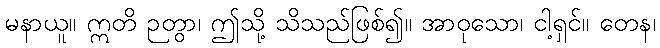
မနာယူ။ ဣတိ ဉတွာ၊ ဤသို့ သိသည်ဖြစ်၍။ အာဝုသော၊ ငါ့ရှင်။ တေန၊